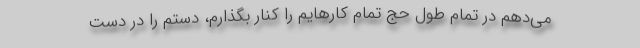
می‌دهم در تمام طول حج تمام کارهایم را کنار بگذارم، دستم را در دست